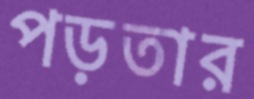
পড়তার